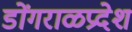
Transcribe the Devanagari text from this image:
डोंगराळप्रदेश